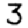
Digit: 3